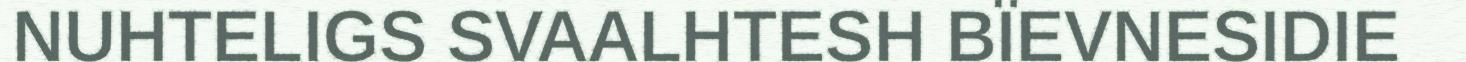
NUHTELIGS SVAALHTESH BÏEVNESIDIE